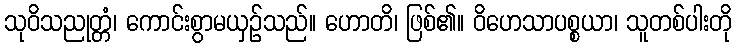
သုဝိသညုတ္တံ၊ ကောင်းစွာမယှဉ်သည်။ ဟောတိ၊ ဖြစ်၏။ ဝိဟေသာပစ္စယာ၊ သူတစ်ပါးတို